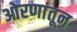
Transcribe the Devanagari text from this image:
ओरणांतून